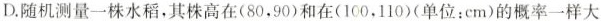
D.随机测量一株水稻，其株高在(80，90)和在(100，110)(单位：cm)的概率一样大